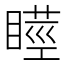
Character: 𭿘